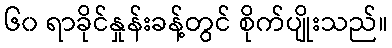
၆၀ ရာခိုင်နှုန်းခန့်တွင် စိုက်ပျိုးသည်။